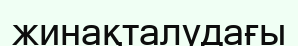
жинақталудағы